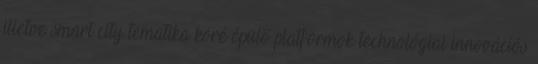
illetve smart city tematika köré épülő platformok technológiai innovációs